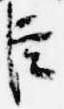
臣